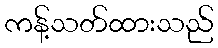
ကန့်သတ်ထားသည်